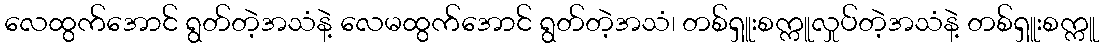
လေထွက်အောင် ရွတ်တဲ့အသံနဲ့ လေမထွက်အောင် ရွတ်တဲ့အသံ၊ တစ်ရှူးစက္ကူလှုပ်တဲ့အသံနဲ့ တစ်ရှူးစက္ကူ